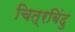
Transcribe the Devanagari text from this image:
चित्रबिंदु